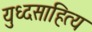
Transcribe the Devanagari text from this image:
युध्दसाहित्य